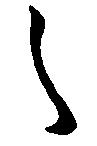
之